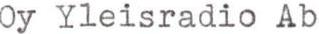
Oy Yleisradio Ab